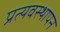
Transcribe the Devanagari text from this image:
प्रत्यवस्थापन